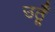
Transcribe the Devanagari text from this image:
उठूँ